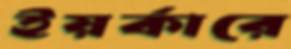
ইয়র্কারে